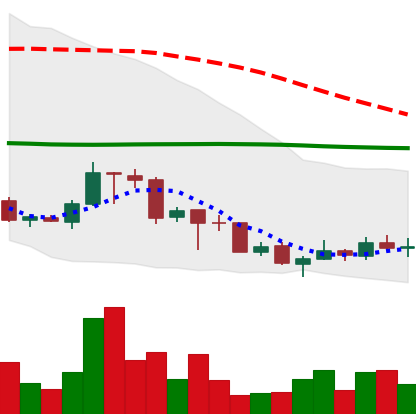
Ticker: TRX-USD
Chart end date: 2018-07-04
Forward return: -7.963%
Label: down_7plus